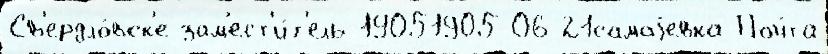
Св'ердло́вск'е зам'ест'и́т'ель 19051905-06-21самаjевка Поч́та